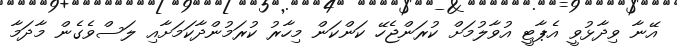
އޭނާ ވިދާޅުވީ އެޕާޓީ އުވާލުމަށް ކުރަންޖެހޭ ކަންކަން މިހާރު ކުރަމުންދާކަމަށާއި ލަސްވެގެން މާދަމާ